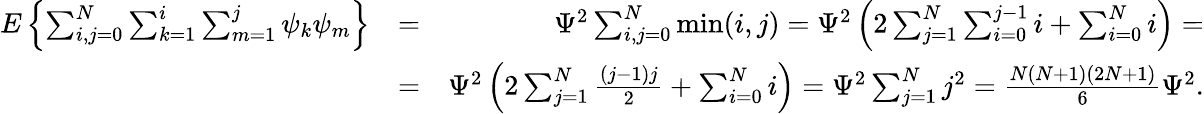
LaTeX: \begin{array}{rlr}{E\left\{ \sum_{i,j=0}^{N}\sum_{k=1}^{i}\sum_{m=1}^{j}\psi_{k}\psi_{m}\right\} }&{=}&{\Psi^{2}\sum_{i,j=0}^{N}\operatorname*{min}(i,j)=\Psi^{2}\left(2\sum_{j=1}^{N}\sum_{i=0}^{j-1}i+\sum_{i=0}^{N}i\right)=}\\ &{=}&{\Psi^{2}\left(2\sum_{j=1}^{N}{\frac{(j-1)j}{2}}+\sum_{i=0}^{N}i\right)=\Psi^{2}\sum_{j=1}^{N}j^{2}={\frac{N(N+1)(2N+1)}{6}}\Psi^{2}.}\end{array}